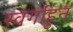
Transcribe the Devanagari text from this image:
स्वर्गाहुन